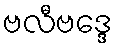
ဗလီဗဒ္ဒေ